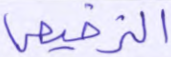
الترخيص